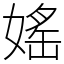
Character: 媱